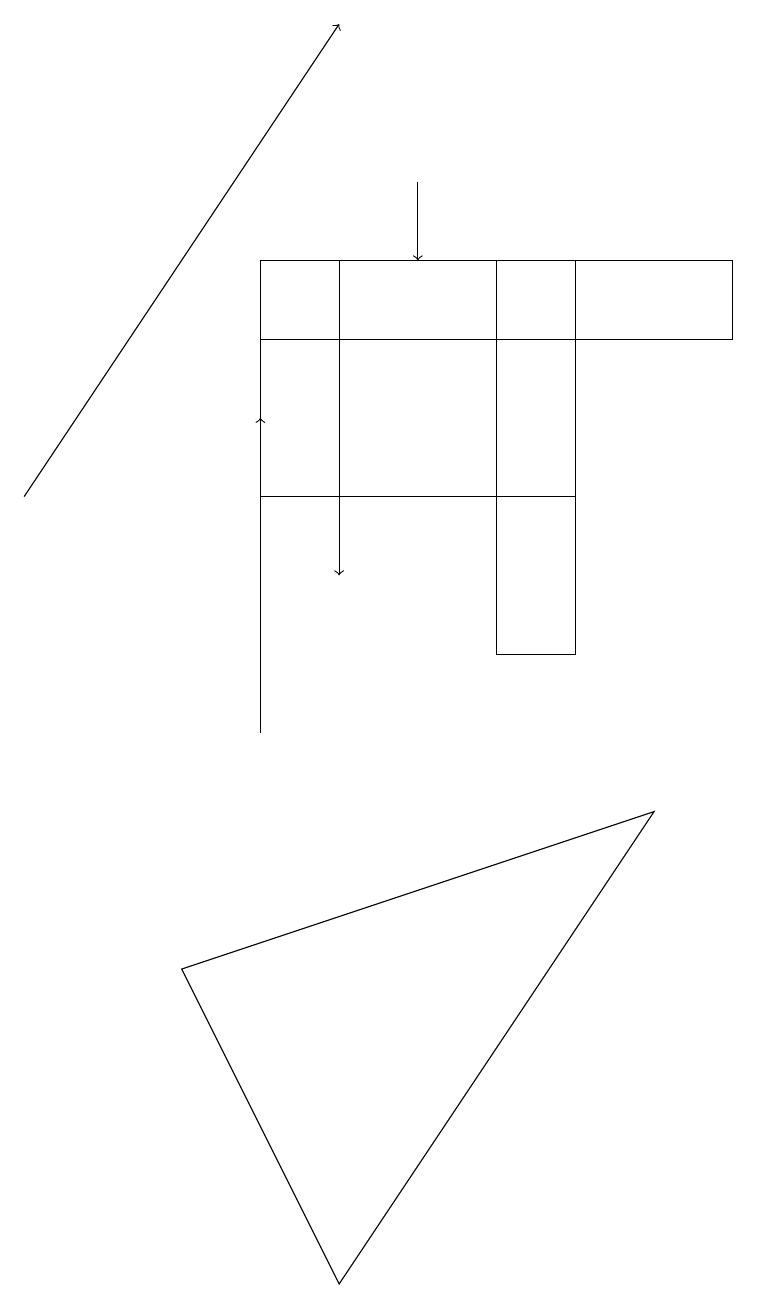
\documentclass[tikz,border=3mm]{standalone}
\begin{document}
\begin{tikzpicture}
\draw[->] (5,17) -- (5,16);
\draw[->] (4,16) -- (4,12);
\draw (6,11) rectangle (7,16);
\draw (8,9) -- (4,3) -- (2,7) -- cycle;
\draw[->] (3,10) -- (3,14);
\draw (7,15) rectangle (3,13);
\draw[->] (0,13) -- (4,19);
\draw (9,16) rectangle (3,15);
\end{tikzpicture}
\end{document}